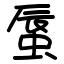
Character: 蜃